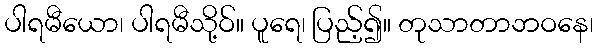
ပါရမီယော၊ ပါရမီသို့ဝ်။ ပူရေ၊ ပြည့်၍။ တုသာတာဘဝနေ၊